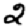
Digit: 2